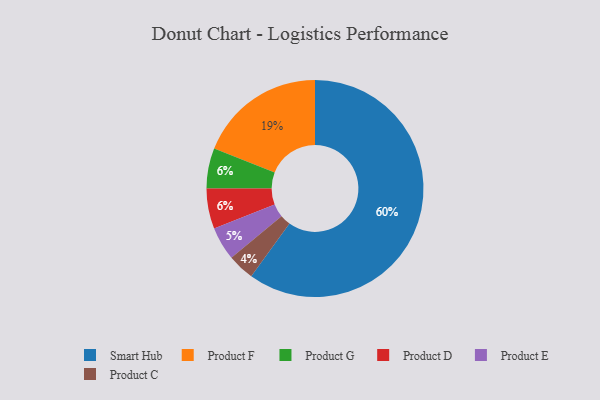
{"axis": {"x": "Category", "y": "Percentage"}, "legend": ["Product C", "Product D", "Product E", "Product F", "Product G", "Smart Hub"], "data": [{"x": "Product C", "y": 4, "type": "Product C"}, {"x": "Product G", "y": 6, "type": "Product G"}, {"x": "Product F", "y": 19, "type": "Product F"}, {"x": "Smart Hub", "y": 60, "type": "Smart Hub"}, {"x": "Product E", "y": 5, "type": "Product E"}, {"x": "Product D", "y": 6, "type": "Product D"}]}